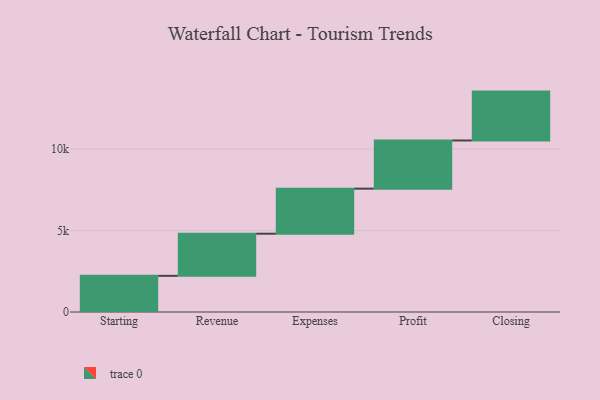
{"axis": {"x": "Step", "y": "Value"}, "legend": [""], "data": [{"x": "Starting", "y": 2219.0, "type": ""}, {"x": "Revenue", "y": 2585.0, "type": ""}, {"x": "Expenses", "y": 2764.0, "type": ""}, {"x": "Profit", "y": 2956.0, "type": ""}, {"x": "Closing", "y": 3000, "type": ""}]}